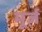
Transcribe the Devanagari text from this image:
मूर्ज़